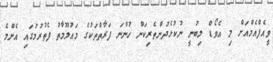
ވީއެފްއެމްއަށް މި އެވޯޑް ލިބުނީ ނުކުޅެދުންތެރިކަން ހުންނަ ފަރާތްތަކުގެ މައުލޫމާތު ފެތުރުމުގައި އެންމެ